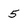
Character: 5